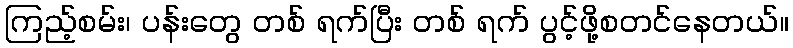
ကြည့်စမ်း၊ ပန်းတွေ တစ် ရက်ပြီး တစ် ရက် ပွင့်ဖို့စတင်နေတယ်။